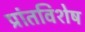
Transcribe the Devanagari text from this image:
प्रांतविशेष